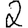
Digit: 2